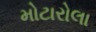
મોટારોલા